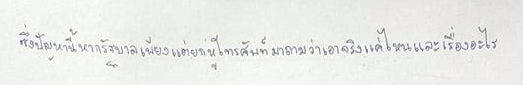
ซึ่งปัญหานี้หากรัฐบาลเพียงแต่ยกหูโทรศัพท์มาถามว่าเอาจริงแค่ไหนและเรื่องอะไร